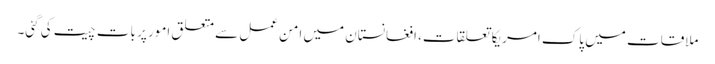
ملاقات میں پاک امریکا تعلقات، افغانستان میں امن عمل سے متعلق امور پر بات چیت کی گئی۔